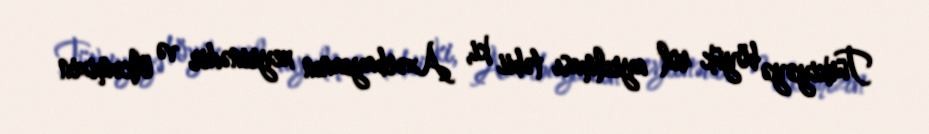
Türkiyəyə böyük rol ayrılması təbii ki, Azərbaycanın xeyrinədir və ölkəmizin